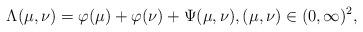
LaTeX: \begin{align*} \Lambda(\mu,\nu)=\varphi(\mu)+\varphi(\nu)+\Psi(\mu,\nu),(\mu,\nu)\in(0,\infty)^{2},\end{align*}